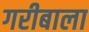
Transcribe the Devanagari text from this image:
गरीबाला